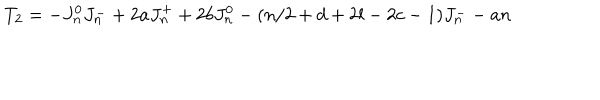
LaTeX: T _ { 2 } = - J _ { n } ^ { 0 } J _ { n } ^ { - } + 2 a J _ { n } ^ { + } + 2 b J _ { n } ^ { 0 } - ( n / 2 + d + 2 l - 2 c - 1 ) J _ { n } ^ { - } - a n